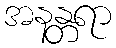
အနန္တရာ